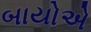
બાયોએ